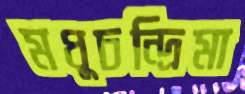
মধুচন্দ্রিমা